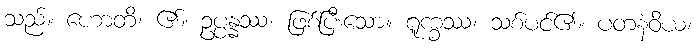
သည်။ ဟောတိ၊ ၏။ ဥပ္ပန္နဿ၊ ဖြစ်ပြီးသော။ ရူက္ခဿ၊ သစ်ပင်၏။ ပတနံဝိယ၊